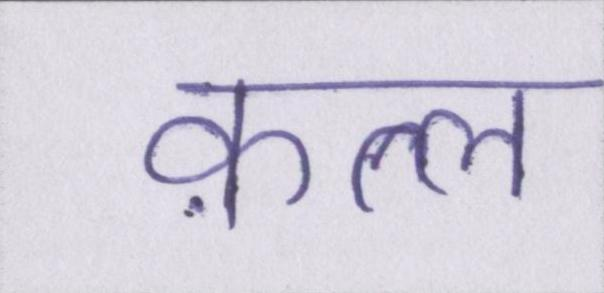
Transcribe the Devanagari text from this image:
क़त्ल